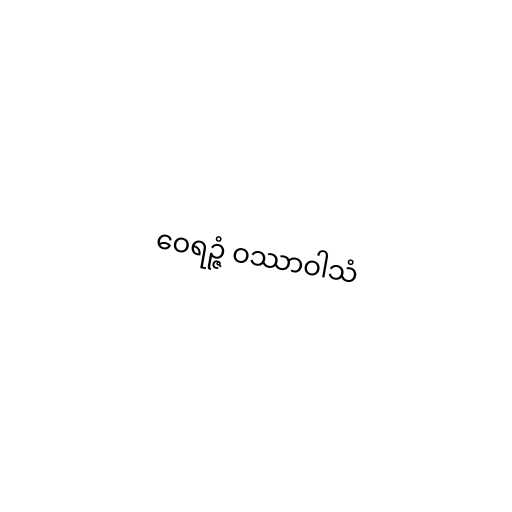
ဝေရဉ္ဇံ ဝဿာဝါသံ